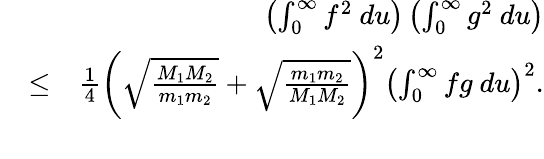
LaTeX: \begin{array}{rlr}&{}&{\left(\int_{0}^{\infty}f^{2}~du\right)\left(\int_{0}^{\infty}g^{2}~du\right)}\\ &{\leq}&{\frac{1}{4}\left(\sqrt{\frac{M_{1}M_{2}}{m_{1}m_{2}}}+\sqrt{\frac{m_{1}m_{2}}{M_{1}M_{2}}}\right)^{2}\left(\int_{0}^{\infty}fg~du\right)^{2}.}\\ &{}&\end{array}